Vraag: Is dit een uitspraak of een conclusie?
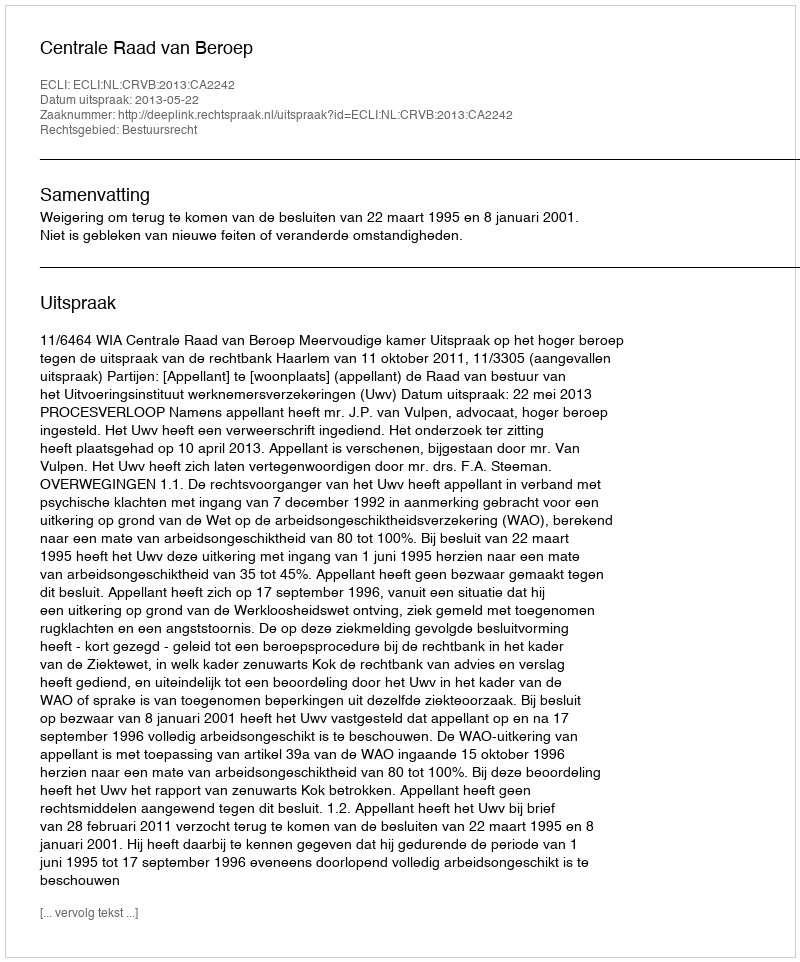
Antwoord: Uitspraak